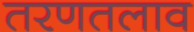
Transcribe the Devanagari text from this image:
तरणतलाव